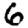
Digit: 6